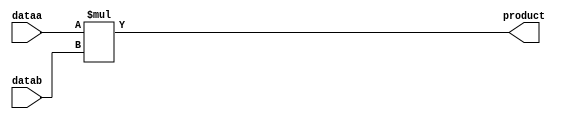
module mult_4x4(
  input [3:0] dataa,
  input [3:0] datab,
  output [7:0] product
);

  assign product = dataa * datab;

endmodule